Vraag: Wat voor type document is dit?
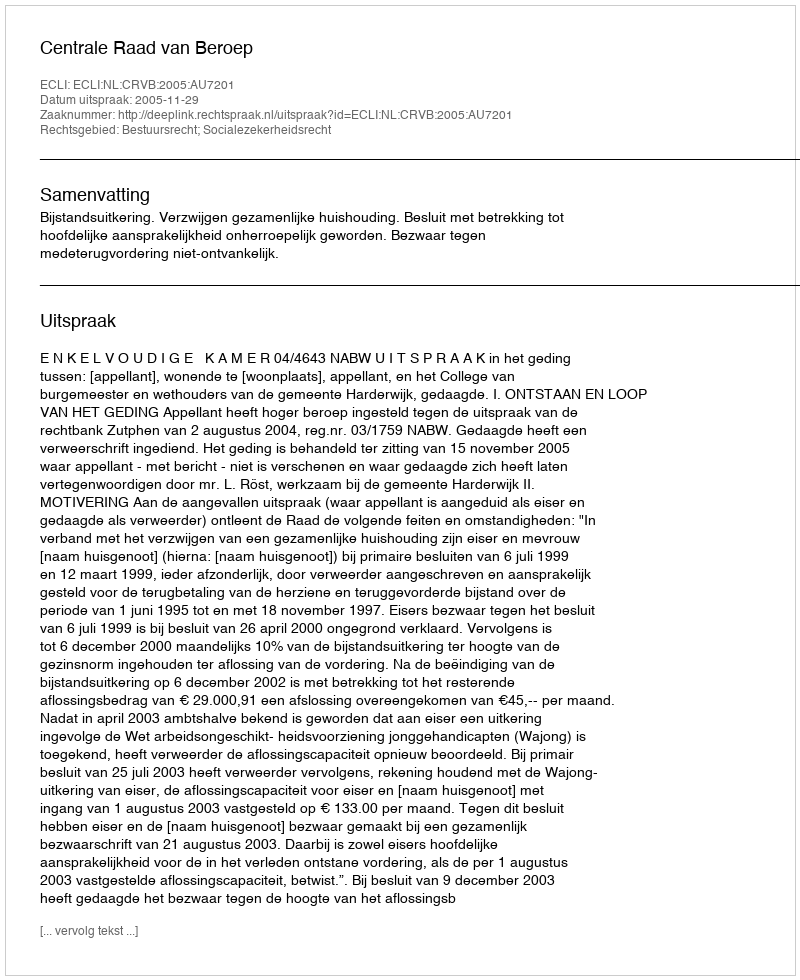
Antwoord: Uitspraak